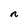
Character: n